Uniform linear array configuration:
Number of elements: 12
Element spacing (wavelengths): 0.75
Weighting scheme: uniform
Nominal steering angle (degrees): -15
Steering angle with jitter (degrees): -13.712
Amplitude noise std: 0.05
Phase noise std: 0.05

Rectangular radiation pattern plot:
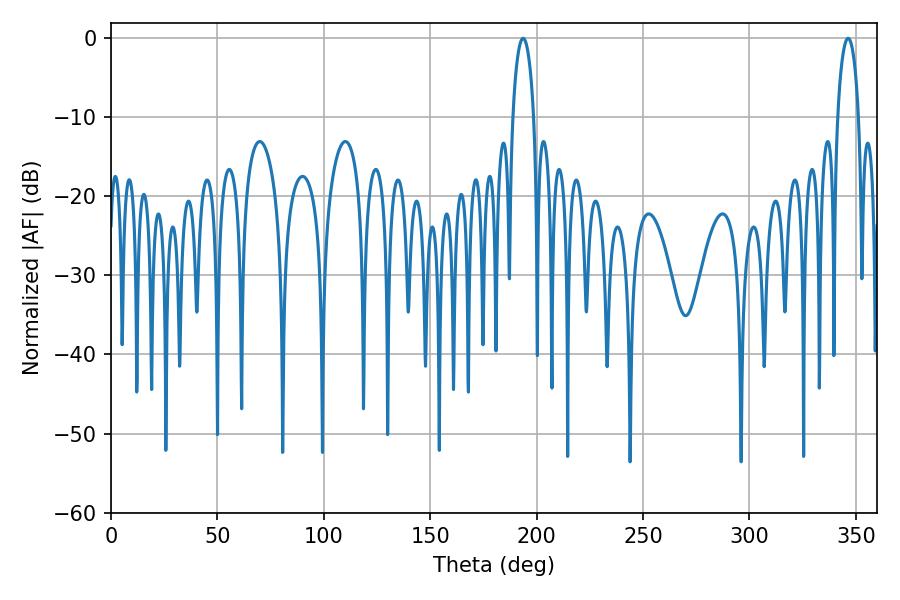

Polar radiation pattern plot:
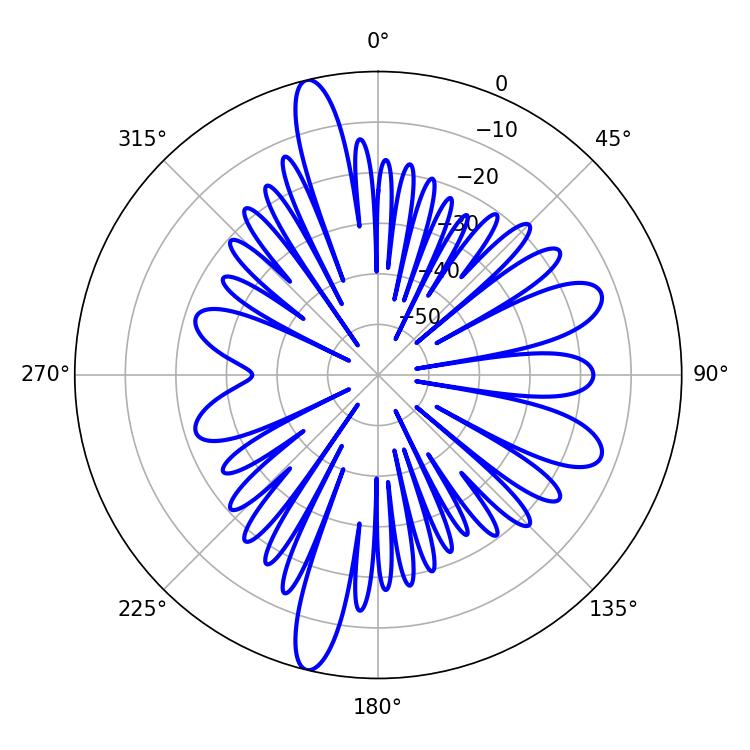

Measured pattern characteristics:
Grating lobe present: TRUE
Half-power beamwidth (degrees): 5.76
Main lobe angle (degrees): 346.32